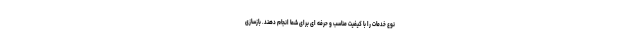
نوع خدمات را با کیفیت مناسب و حرفه ای برای شما انجام دهند. بازسازی